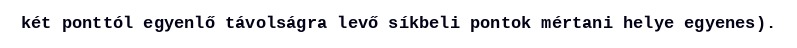
két ponttól egyenlő távolságra levő síkbeli pontok mértani helye egyenes).